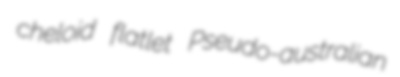
cheloid flatlet Pseudo-australian